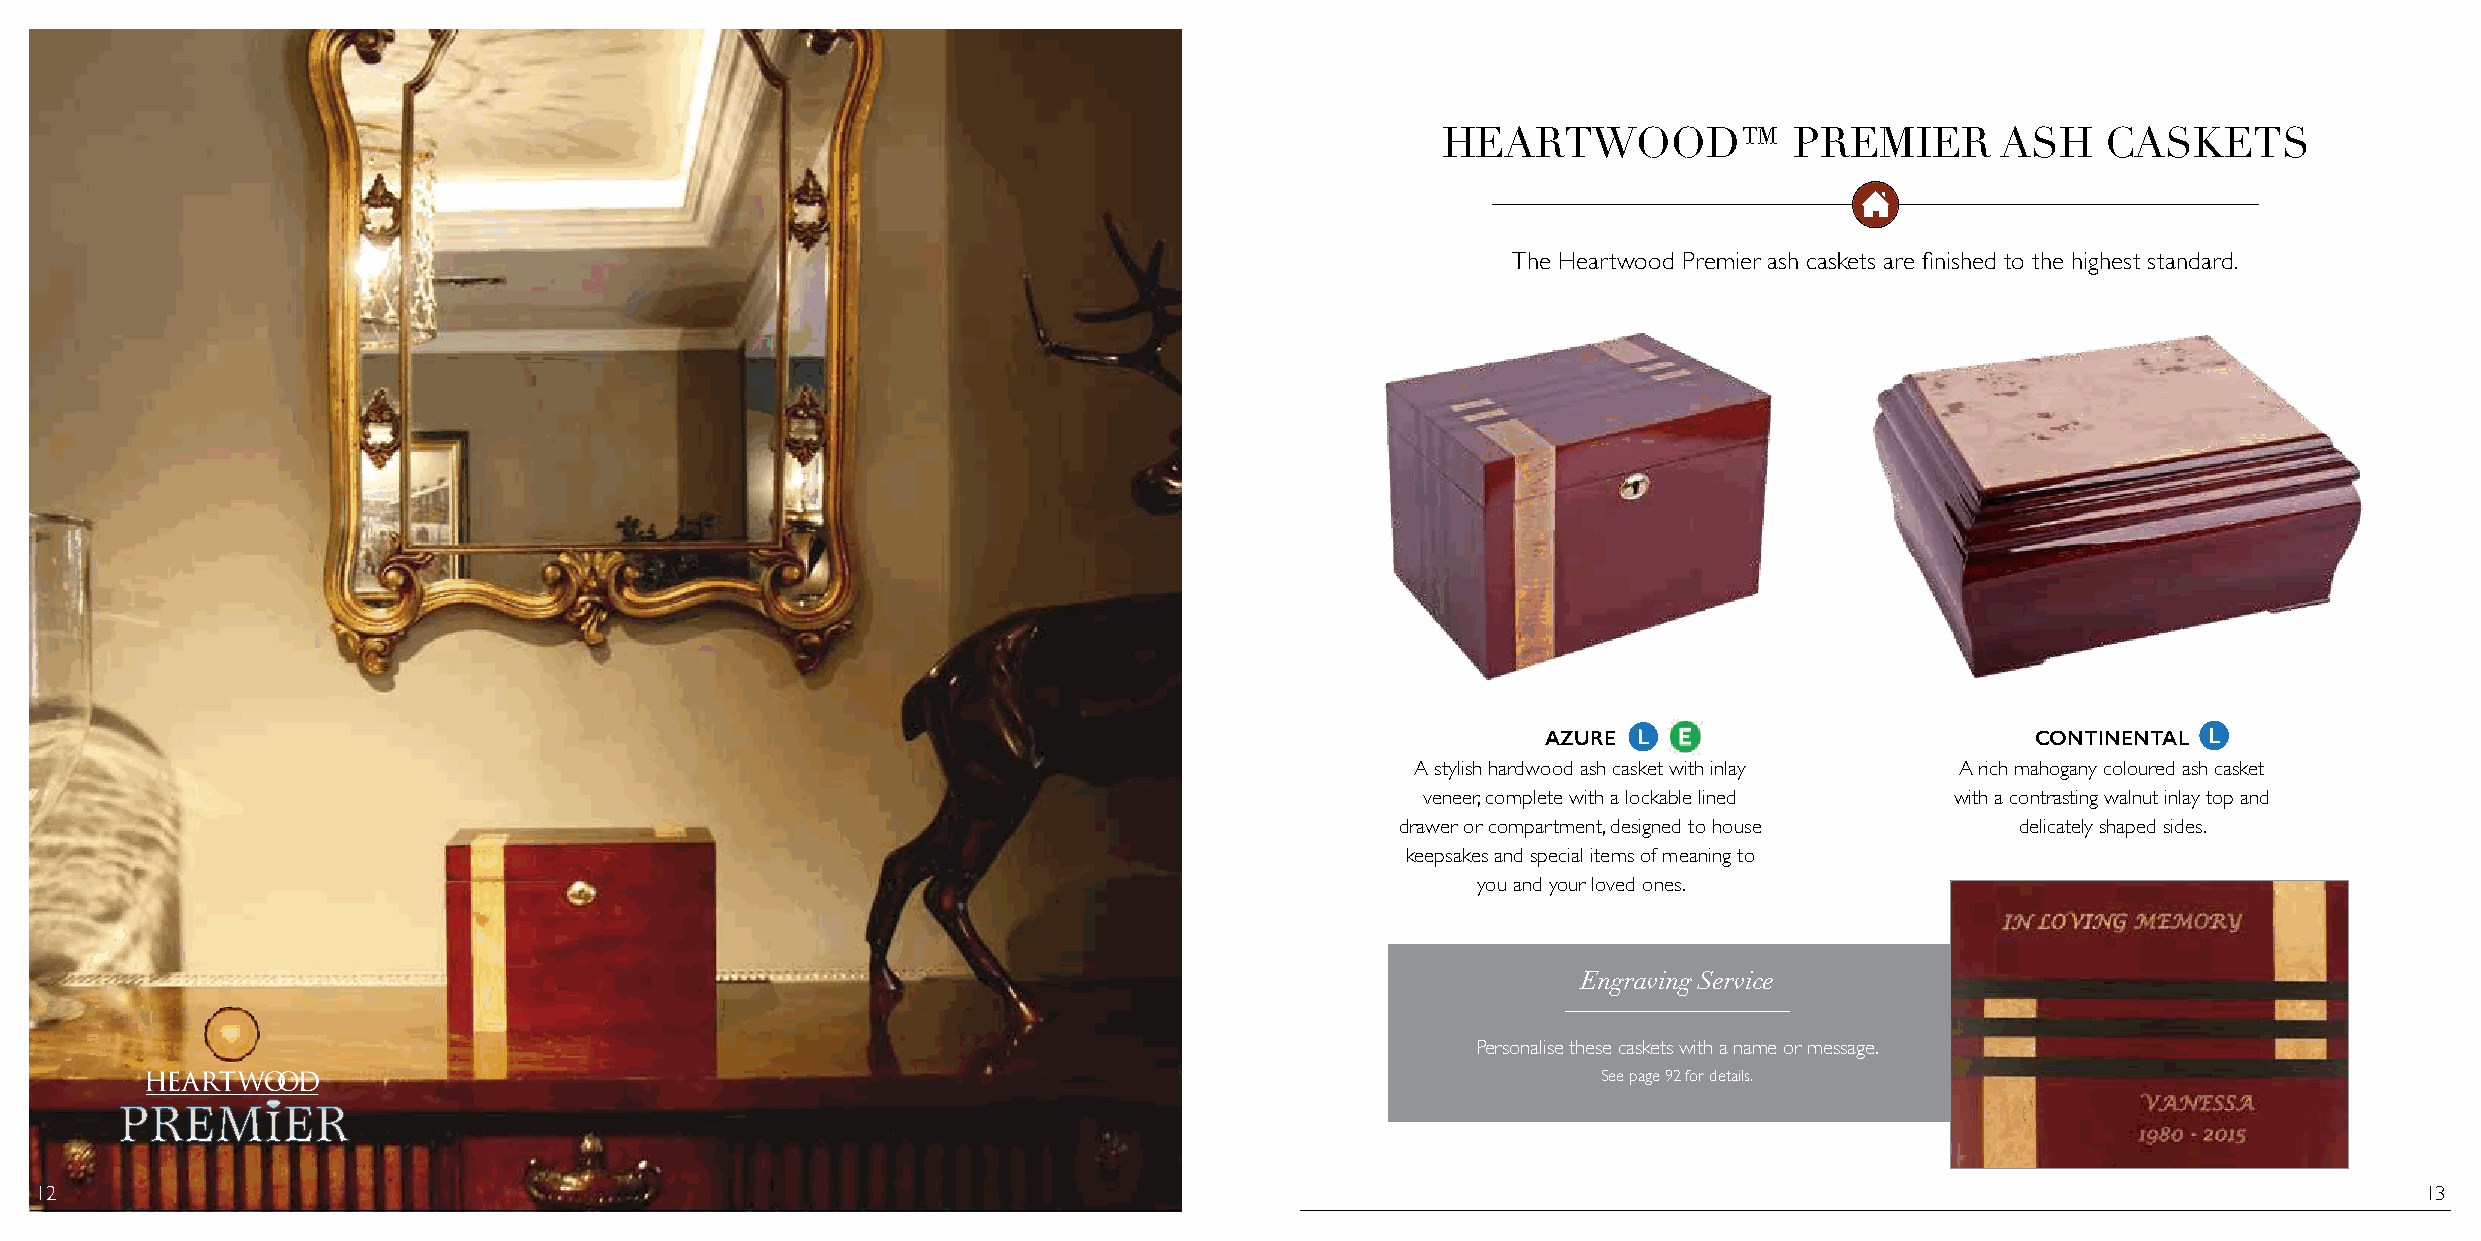
HEARTWOOD™              PREMIER      ASH    CASKETS
 The Heartwood Premier ash caskets are finished to the highest standard.
 AZURE                            CONTINENTAL
 A stylish hardwood ash casket with inlay A rich mahogany coloured ash casket
 veneer, complete with a lockable lined with a contrasting walnut inlay top and
 drawer or compartment, designed to house delicately shaped sides.
 keepsakes and special items of meaning to
 you and your loved ones.
 Engraving Service
 Personalise these caskets with a name or message.
 See page 92 for details.
 12                                                                                                                                                            13